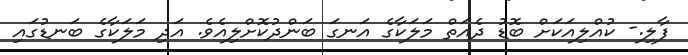
ފާލި.- ކުއްލިއަކަށް ބޮޑު ދެއަތް މަލަކާގެ އަނގަ ބަންދުކޮށްލިއެވެ. އަދި މަލަކާގެ ބަނޑުގައި